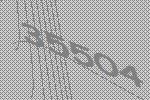
35504